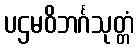
ပဌမဝိဘင်္ဂသုတ္တံ